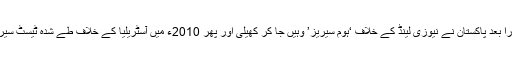
افسوس ناک واقعے کے فوراً بعد پاکستان نے نیوزی لینڈ کے خلاف ‘ہوم سیریز’ وہیں جا کر کھیلی اور پھر 2010ء میں آسٹریلیا کے خلاف طے شدہ ٹیسٹ سیریز انگلستان میں منعقد کی۔